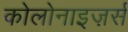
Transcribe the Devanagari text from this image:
कोलोनाइज़र्स